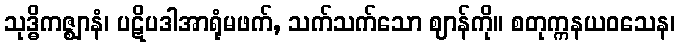
သုဒ္ဓိကဇ္ဈာနံ၊ ပဋိပဒါအာရုံမဖက်, သက်သက်သော ဈာန်ကို။ စတုက္ကနယဝသေန၊